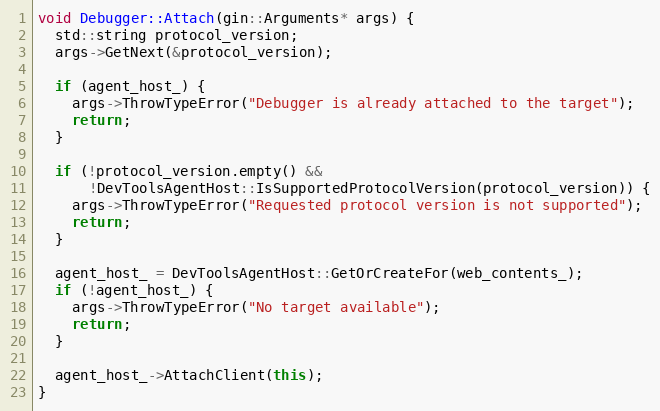
Language: C++
void Debugger::Attach(gin::Arguments* args) {
  std::string protocol_version;
  args->GetNext(&protocol_version);

  if (agent_host_) {
    args->ThrowTypeError("Debugger is already attached to the target");
    return;
  }

  if (!protocol_version.empty() &&
      !DevToolsAgentHost::IsSupportedProtocolVersion(protocol_version)) {
    args->ThrowTypeError("Requested protocol version is not supported");
    return;
  }

  agent_host_ = DevToolsAgentHost::GetOrCreateFor(web_contents_);
  if (!agent_host_) {
    args->ThrowTypeError("No target available");
    return;
  }

  agent_host_->AttachClient(this);
}